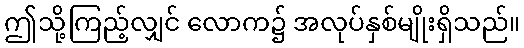
ဤသို့ကြည့်လျှင် လောက၌ အလုပ်နှစ်မျိုးရှိသည်။